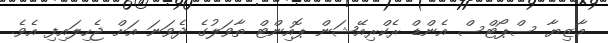
މާޒިޔާ ސްޕޯޓްސް އެންޑް ރެކްރިއޭޝަން ޕޮއިންޓް ތާވަލުގެ ދެވަނަ އަށް ޖެހިލައިފި އެވެ.